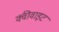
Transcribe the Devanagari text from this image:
क्वीवाइट